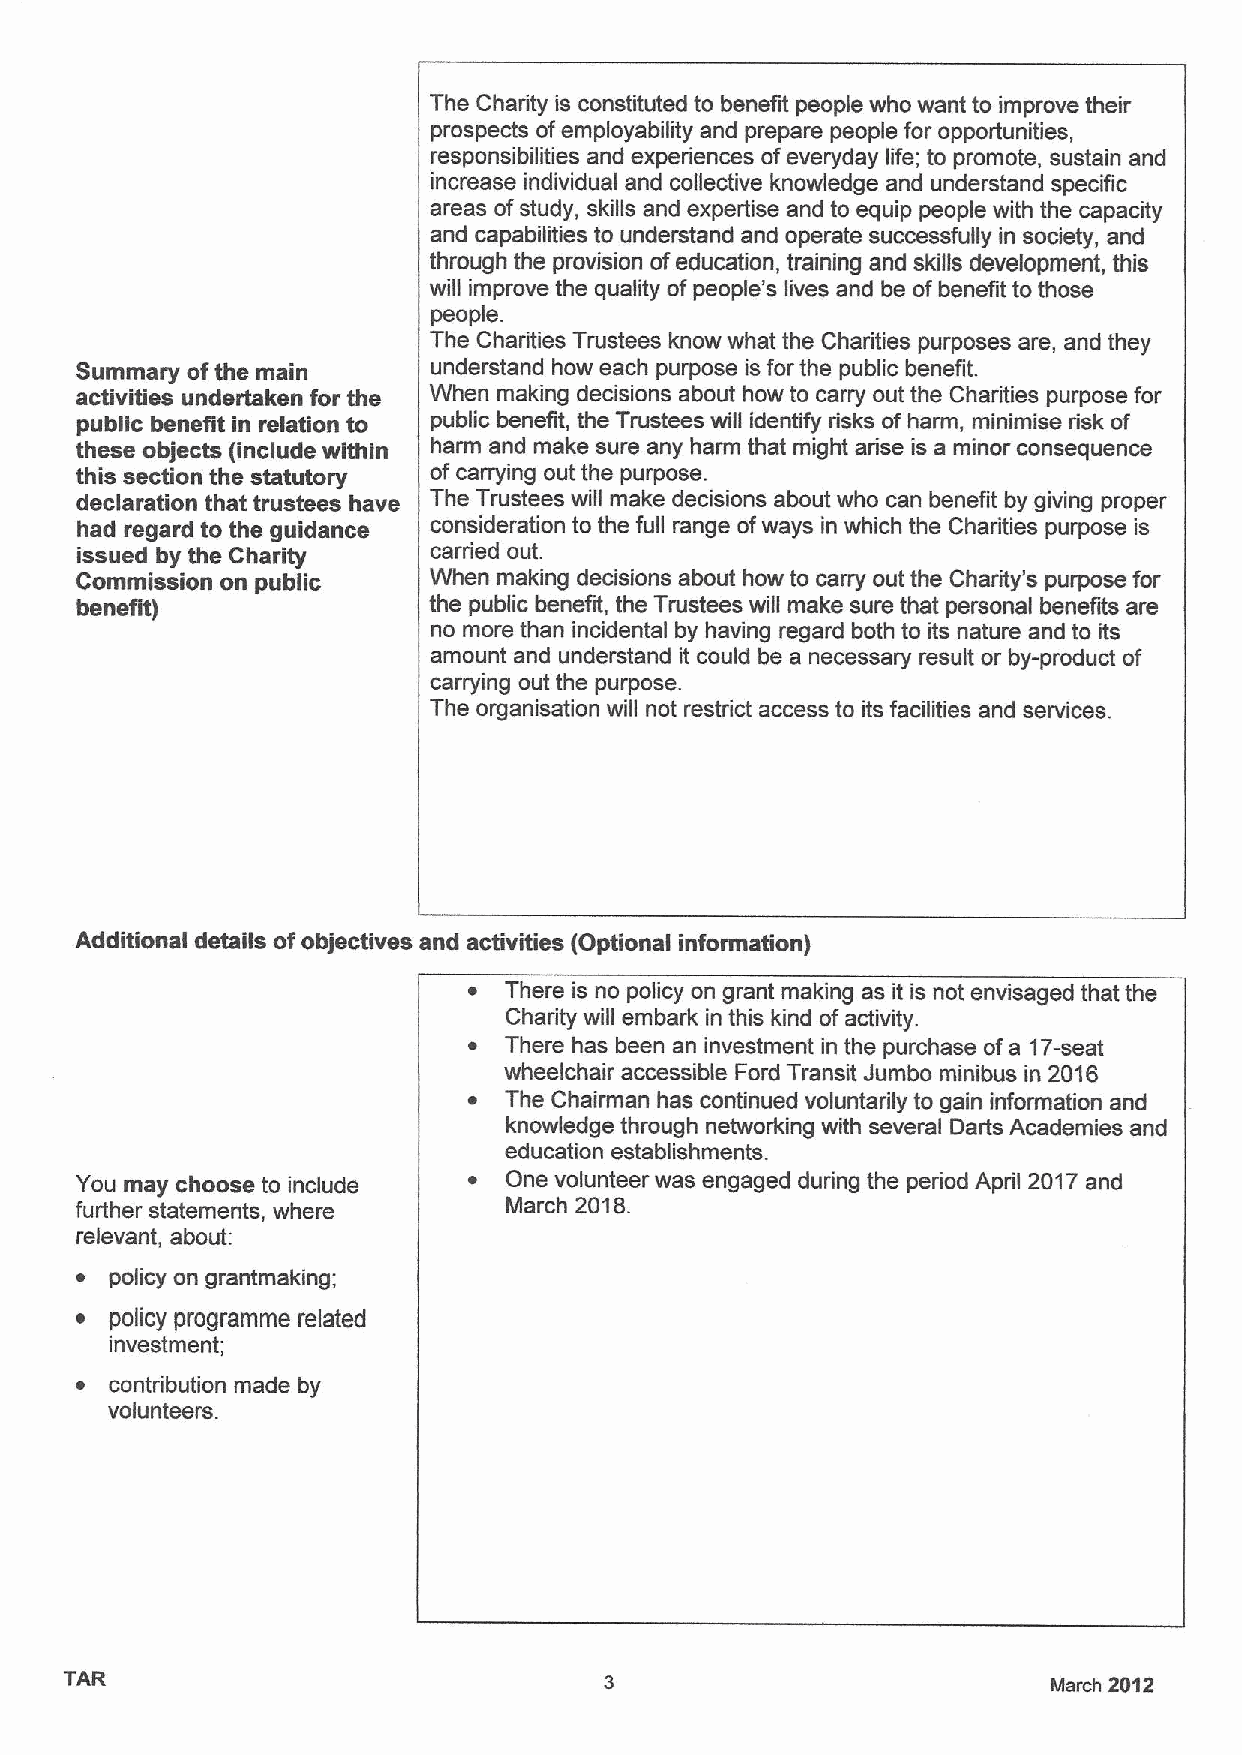
The Charity is constituted to benefit people who want to improve their
 prospects ofemployability and prepare people for opportunities,
 responsibilities and experiences ofeveryday life; to promote, sustain and
 increase individual and collective knowledge and understand specific
 areas ofstudy, skills and expertise and to equip people with the capacity
 and capabilities to understand and operate successfully in society, and
 through the provision ofeducation, training and skills development, this
 will improve the quality ofpeople's lives and be ofbenefit to those
 people.
 The Charities Trustees know what the Charities purposes are, and they
 Summary ofthe main      understand how each purpose is for the public benefit.
 activities undertaken for the When making decisions about how to carry out the Charities purpose for
 public benefit in relation to public benefit, the Trustees will identify risks ofharm, minimise risk of
 these objects (include within harm and make sure any harm that might arise is a minor consequence
 this section the statutory ofcarrying out the purpose.
 declaration that trustees have The Trustees will make decisions about who can benefit by giving proper
 had regard to the guidance consideration to the full range ofways in which the Charities purpose is
 issued by the Charity   carried out.
 Commission on public   When making decisions about how to carry out the Charity's purpose for
 benefit)               the public benefit, the Trustees will make sure that personal benefits are
 no more than incidental by having regard both to its nature and to its
 amount and understand it could be a necessary result or by-product of
 carrying out the purpose.
 The organisation will not restrict access to its facilities and services.
 Additional details ofobjectives and activities (Optional information)
 ~ There is no policy on grant making as it is not envisaged that the
 Charity will embark in this kind ofactivity.
 ~ There has been an investment in the purchase ofa 17-seat
 wheelchair accessible Ford Transit Jumbo minibus in 2016
 ~ The Chairman has continued voluntarily to gain information and
 knowledge through networking with several Darts Academies and
 education establishments.
 You may choose to include ~ One volunteer was engaged during the period April 2017and
 further statements, where   March 2018.
 relevant, about:
 ~ policy on grantmaking;
 ~ policy programme related
 investment;
 ~ contribution made by
 volunteers.
 TAR                                                               March 2012